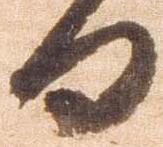
日